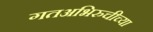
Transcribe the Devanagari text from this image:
गतअभिरुचीच्या